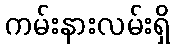
ကမ်းနားလမ်းရှိ